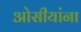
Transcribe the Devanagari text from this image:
ओसीयांना